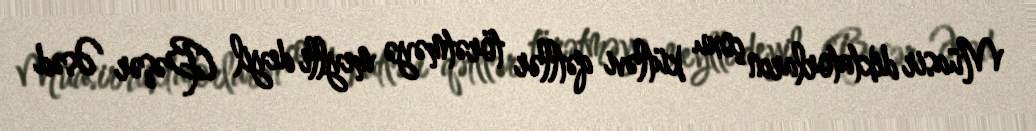
Müasir diktatorların çoxu kütləvi qətllər törətməyə meylli deyil (Bəşər Əsəd